Vaccine operations Central Provinces 1886-1899 - 1886-1899
Year: 1886
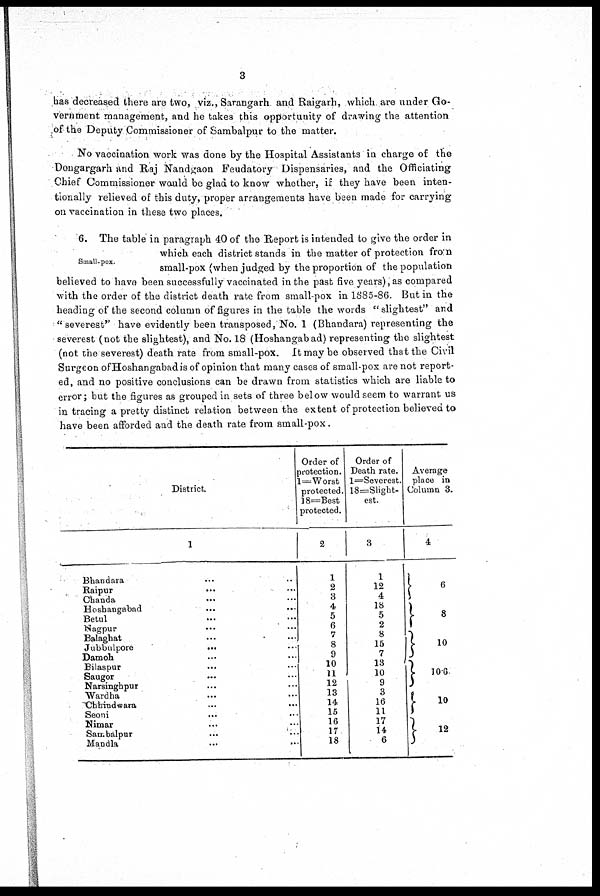
3
has decreased there are two, viz., Sarangarh and Raigarh, which are under Go-
vernment management, and he takes this opportunity of drawing the attention
of the Deputy Commissioner of Sambalpur to the matter.
No vaccination work was done by the Hospital Assistants in charge of the
Dongargarh and Raj Nandgaon Feudatory Dispensaries, and the Officiating
Chief Commissioner would be glad to know whether, if they have been inten-
tionally relieved of this duty, proper arrangements have been made for carrying
on vaccination in these two places.
Small-pox.
6. The table in paragraph 40 of the Report is intended to give the order in
which each district stands in the matter of protection from
small-pox (when judged by the proportion of the population
believed to have been successfully vaccinated in the past five years), as compared
with the order of the district death rate from small-pox in 1885-86. But in the
heading of the second column of figures in the table the words " slightest" and
"severest" have evidently been transposed, No. 1 (Bhandara) representing the
severest (not the slightest), and No. 18 (Hoshangabad) representing the slightest
(not the severest) death rate from small-pox. It may be observed that the Civil
Surgeon of Hoshangabad is of opinion that many cases of small-pox are not report-
ed, and no positive conclusions can be drawn from statistics which are liable to
error; but the figures as grouped in sets of three below would seem to warrant us
in tracing a pretty distinct relation between the extent of protection believed to
have been afforded and the death rate from small-pox.
District.
1
Bhandara ... ...
Raipur
...
...
Chanda
... ...
Hoshangabad ... ...
Betul ... ...
Nagpur
... ...
Balaghat ... ...
Jubbulpore
...
...
Damon. ... ...
Bilaspur ... ...
Saugor ... ...
Narsinghpur ... ...
Wardha ... ...
Chhirmdwara ... ...
Seoni ... ...
Nimar ... ...
Sambalpur ... ...
Mandla
...
...
Order of
protection.
l=Worst
protected.
18=Best
protected.
2
1
2
3
4
5
6
7
8
9
10 11
12
13
14
15
16
17
18
Order of
Death rate.
l=Severest.
18=Slight-
est.
3
1
12
4
18
5
2
8
15
7
13
10
9
3
16
11
17
14
6
Average
place in
Column 3.
4
1
8
10
10.6
10
12